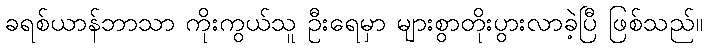
ခရစ်ယာန်ဘာသာ ကိုးကွယ်သူ ဦးရေမှာ များစွာတိုးပွားလာခဲ့ပြီ ဖြစ်သည်။